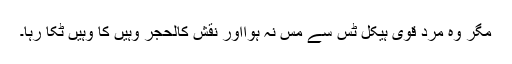
مگر وہ مردِ قوی ہیکل ٹس سے مس نہ ہوااور نقشِ کالحجر وہیں کا وہیں ٹِکا رہا۔